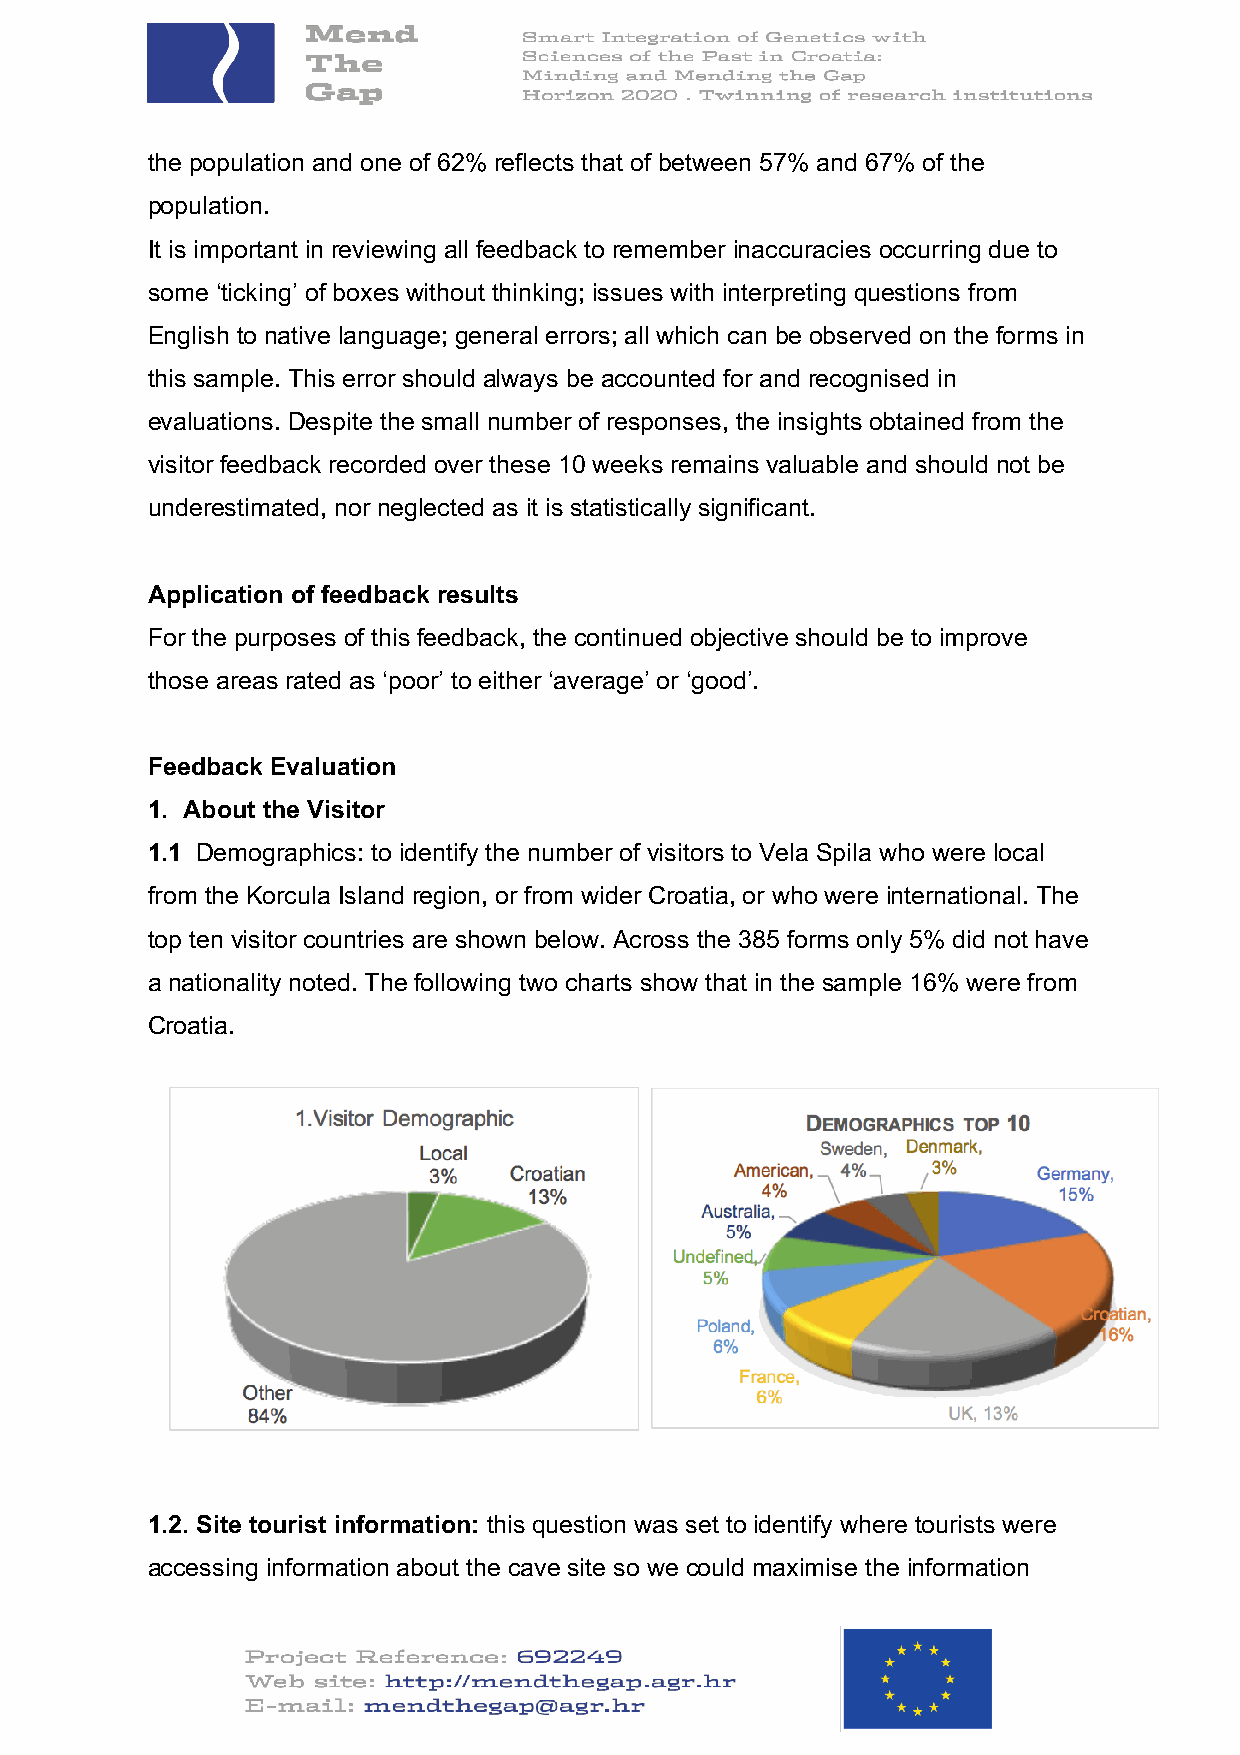
the population and one of 62% reflects that of between 57% and 67% of the
 population.
 It is important in reviewing all feedback to remember inaccuracies occurring due to
 some ‘ticking’ of boxes without thinking; issues with interpreting questions from
 English to native language; general errors; all which can be observed on the forms in
 this sample. This error should always be accounted for and recognised in
 evaluations. Despite the small number of responses, the insights obtained from the
 visitor feedback recorded over these 10 weeks remains valuable and should not be
 underestimated, nor neglected as it is statistically significant.
 Application of feedback results
 For the purposes of this feedback, the continued objective should be to improve
 those areas rated as ‘poor’ to either ‘average’ or ‘good’.
 Feedback Evaluation
 1. About the Visitor
 1.1 Demographics: to identify the number of visitors to Vela Spila who were local
 from the Korcula Island region, or from wider Croatia, or who were international. The
 top ten visitor countries are shown below. Across the 385 forms only 5% did not have
 a nationality noted. The following two charts show that in the sample 16% were from
 Croatia.
 1.2. Site tourist information: this question was set to identify where tourists were
 accessing information about the cave site so we could maximise the information